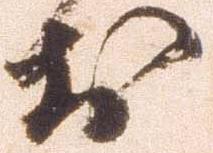
於